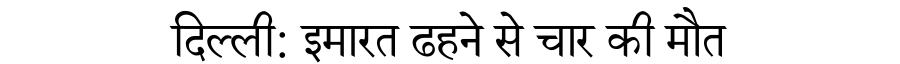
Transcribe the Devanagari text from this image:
दिल्ली: इमारत ढहने से चार की मौत